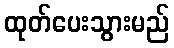
ထုတ်ပေးသွားမည်